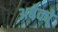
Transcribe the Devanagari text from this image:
अबेकों